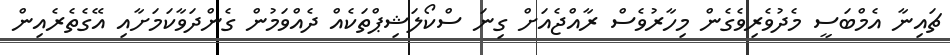
ޗައިނާ އެމްބަސީ މެދުވެރިވެގެން މިހާރުވެސް ރާއްޖެއަށް ގިނަ ސްކޯލަޝިޕްތަކެއް ދެއްވަމުން ގެންދަވާކަމަށާއި އޭގެތެރެއިން